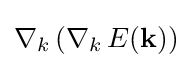
\nabla _{k}\left(\nabla _{k}\,E(\mathbf {k} )\right)